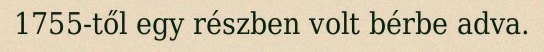
1755-től egy részben volt bérbe adva.